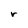
Character: r